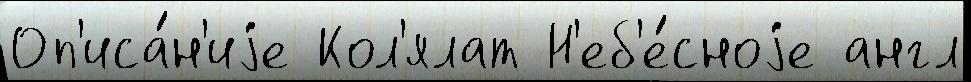
Оп'иса́н'иjе Кол'ялат Н'еб'е́сноjе англ